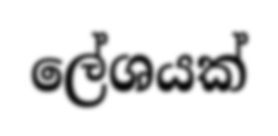
ලේශයක්